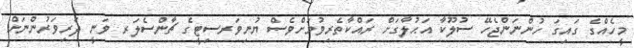
މީހެއްގެ ގައިގަ ހުންނަންޖެހޭ ސުލޫކާ އަޙުލާގަށް ރައްކާތެރިވުމަށްވެސް ޔުނިވަރސިޓީގެ ޗާންސެލަރ ވަނީ ދަރިވަރުންނަށް